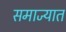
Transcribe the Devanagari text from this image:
समाज्यात